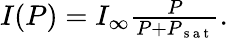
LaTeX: \begin{array}{r}{I(P)=I_{\infty}\frac{P}{P+P_{\mathrm{~s~a~t~}}}.}\end{array}